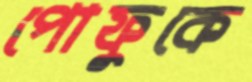
পোফুকে